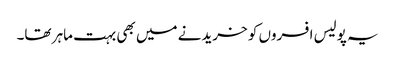
یہ پولیس افسروں کو خریدنے میں بھی بہت ماہر تھا۔